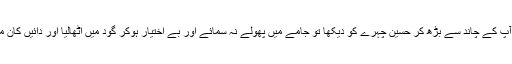
حضرت امیر ملّت قدس سرہ نے آپ کے چاند سے بڑھ کر حسین چہرے کو دیکھا تو جامے میں پھولے نہ سمائے اور بے اختیار ہوکر گود میں اٹھالیا اور دائیں کان میں اذان اور بائیں میں اقامت کہی۔